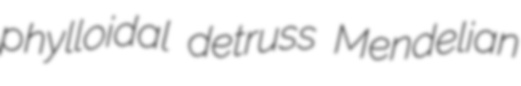
phylloidal detruss Mendelian